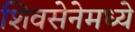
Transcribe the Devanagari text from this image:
शिवसेनेमध्ये